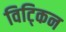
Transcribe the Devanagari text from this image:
विट्किन